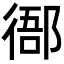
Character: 𢔴